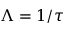
\Lambda = 1 / \tau